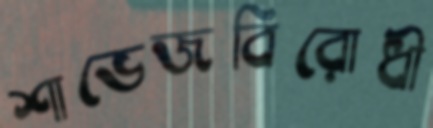
শাভেজবিরোধী